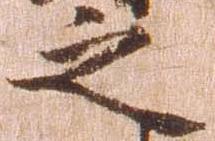
之